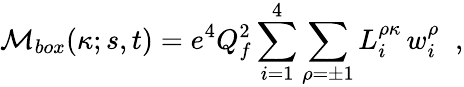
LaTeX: {\cal M}_{box}(\kappa;s,t)=e^{4}Q_{f}^{2}\sum_{i=1}^{4}\sum_{\rho=\pm 1}L_{i}^{\rho\kappa}\, w_{i}^{\rho}\; \; ,